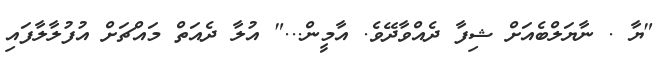
"ޔާ . ނާޔަލްބެއަށް ޝިފާ ދެއްވާދޭވެ. އާމީން..." އުލާ ދެއަތް މައްޗަށް އުފުލާލާފައި